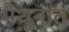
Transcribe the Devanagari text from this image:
मैथूनात